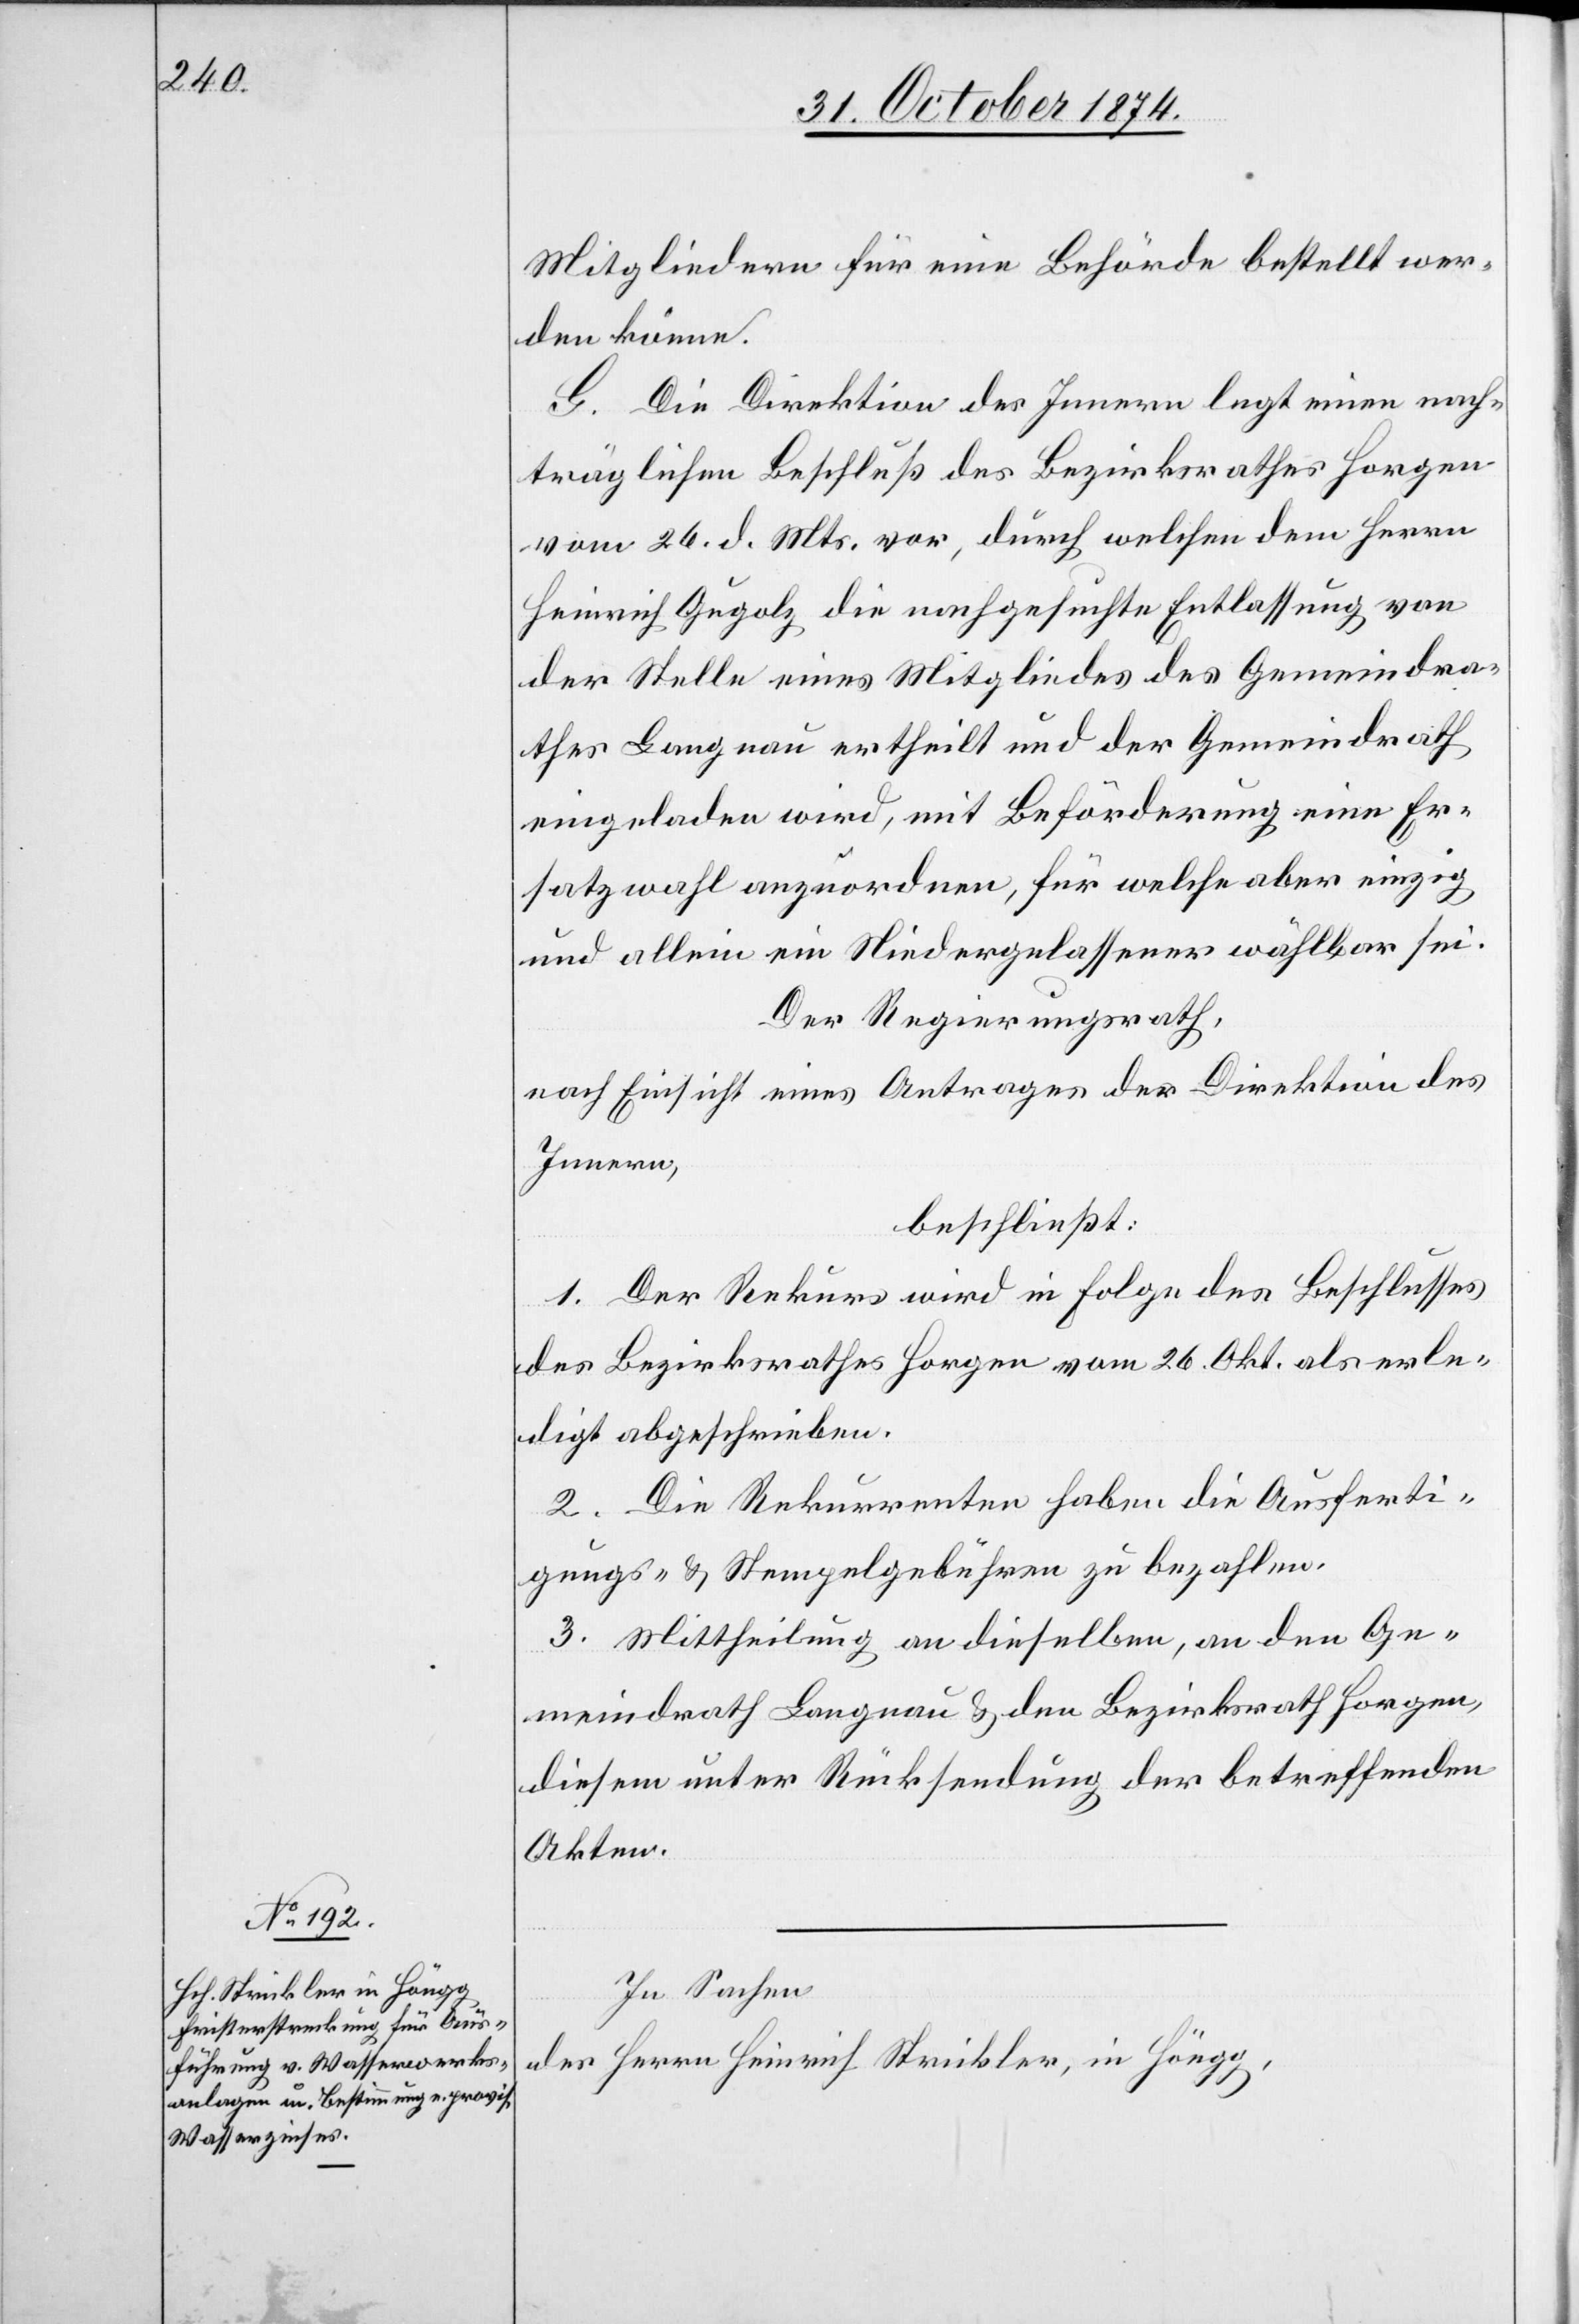
Mitgliedern für eine Behörde bestellt wer¬
den könne.
G. Die Direktion des Innern legt einen nach¬
träglichen Beschluß des Bezirksrathes Horgen
vom 26. d. Mts. vor, durch welchen dem Herrn
Heinrich Gugolz die nachgesuchte Entlassung von
der Stelle eines Mitgliedes des Gemeindra¬
thes Langnau ertheilt und der Gemeindrath
eingeladen wird, mit Beförderung eine Er¬
satzwahl anzuordnen, für welche aber einzig
und allein ein Niedergelassener wählbar sei.
Der Regierungsrath,
nach Einsicht eines Antrages der Direktion des
Innern,
beschließt:
1. Der Rekurs wird in Folge des Beschlusses
des Bezirksrathes Horgen vom 26. Okt. als erle¬
digt abgeschrieben.
2. Die Rekurrenten haben die Ausferti¬
gungs- & Stempelgebühren zu bezahlen.
3. Mittheilung an dieselben, an den Ge¬
meindrath Langnau & den Bezirksrath Horgen,
diesem unter Rücksendung der betreffenden
Akten.
In Sachen
des Herrn Heinrich Strickler, in Höngg,